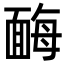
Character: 䩈